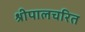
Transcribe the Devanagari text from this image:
श्रीपालचरित